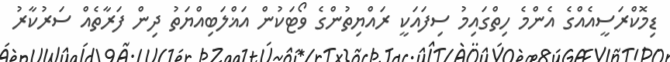
ޑިމޮކްރަސީއެއްގެ އެންމެ ހިތްގައިމު ސިފައަކީ ރައްޔިތުންގެ ވޯޓަކުން އަޣްލަބިއްޔަތު ދިން ފަރާތެއް ސަރުކާރު